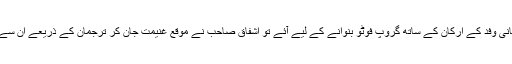
چیئرمین ماؤزے تنگ پاکستانی وفد کے ارکان کے ساتھ گروپ فوٹو بنوانے کے لیے آئے تو اشفاق صاحب نے موقع غنیمت جان کر ترجمان کے ذریعے ان سے نصیحت کی درخواست کی۔